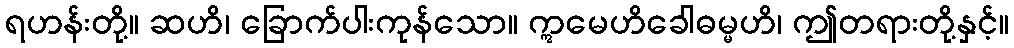
ရဟန်းတို့။ ဆဟိ၊ ခြောက်ပါးကုန်သော။ ဣမေဟိခေါဓမ္မဟိ၊ ဤတရားတို့နှင့်။